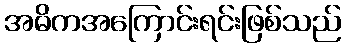
အဓိကအကြောင်းရင်းဖြစ်သည်